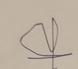
Signature authenticity: forged